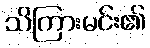
သိကြားမင်း၏